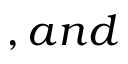
, a n d